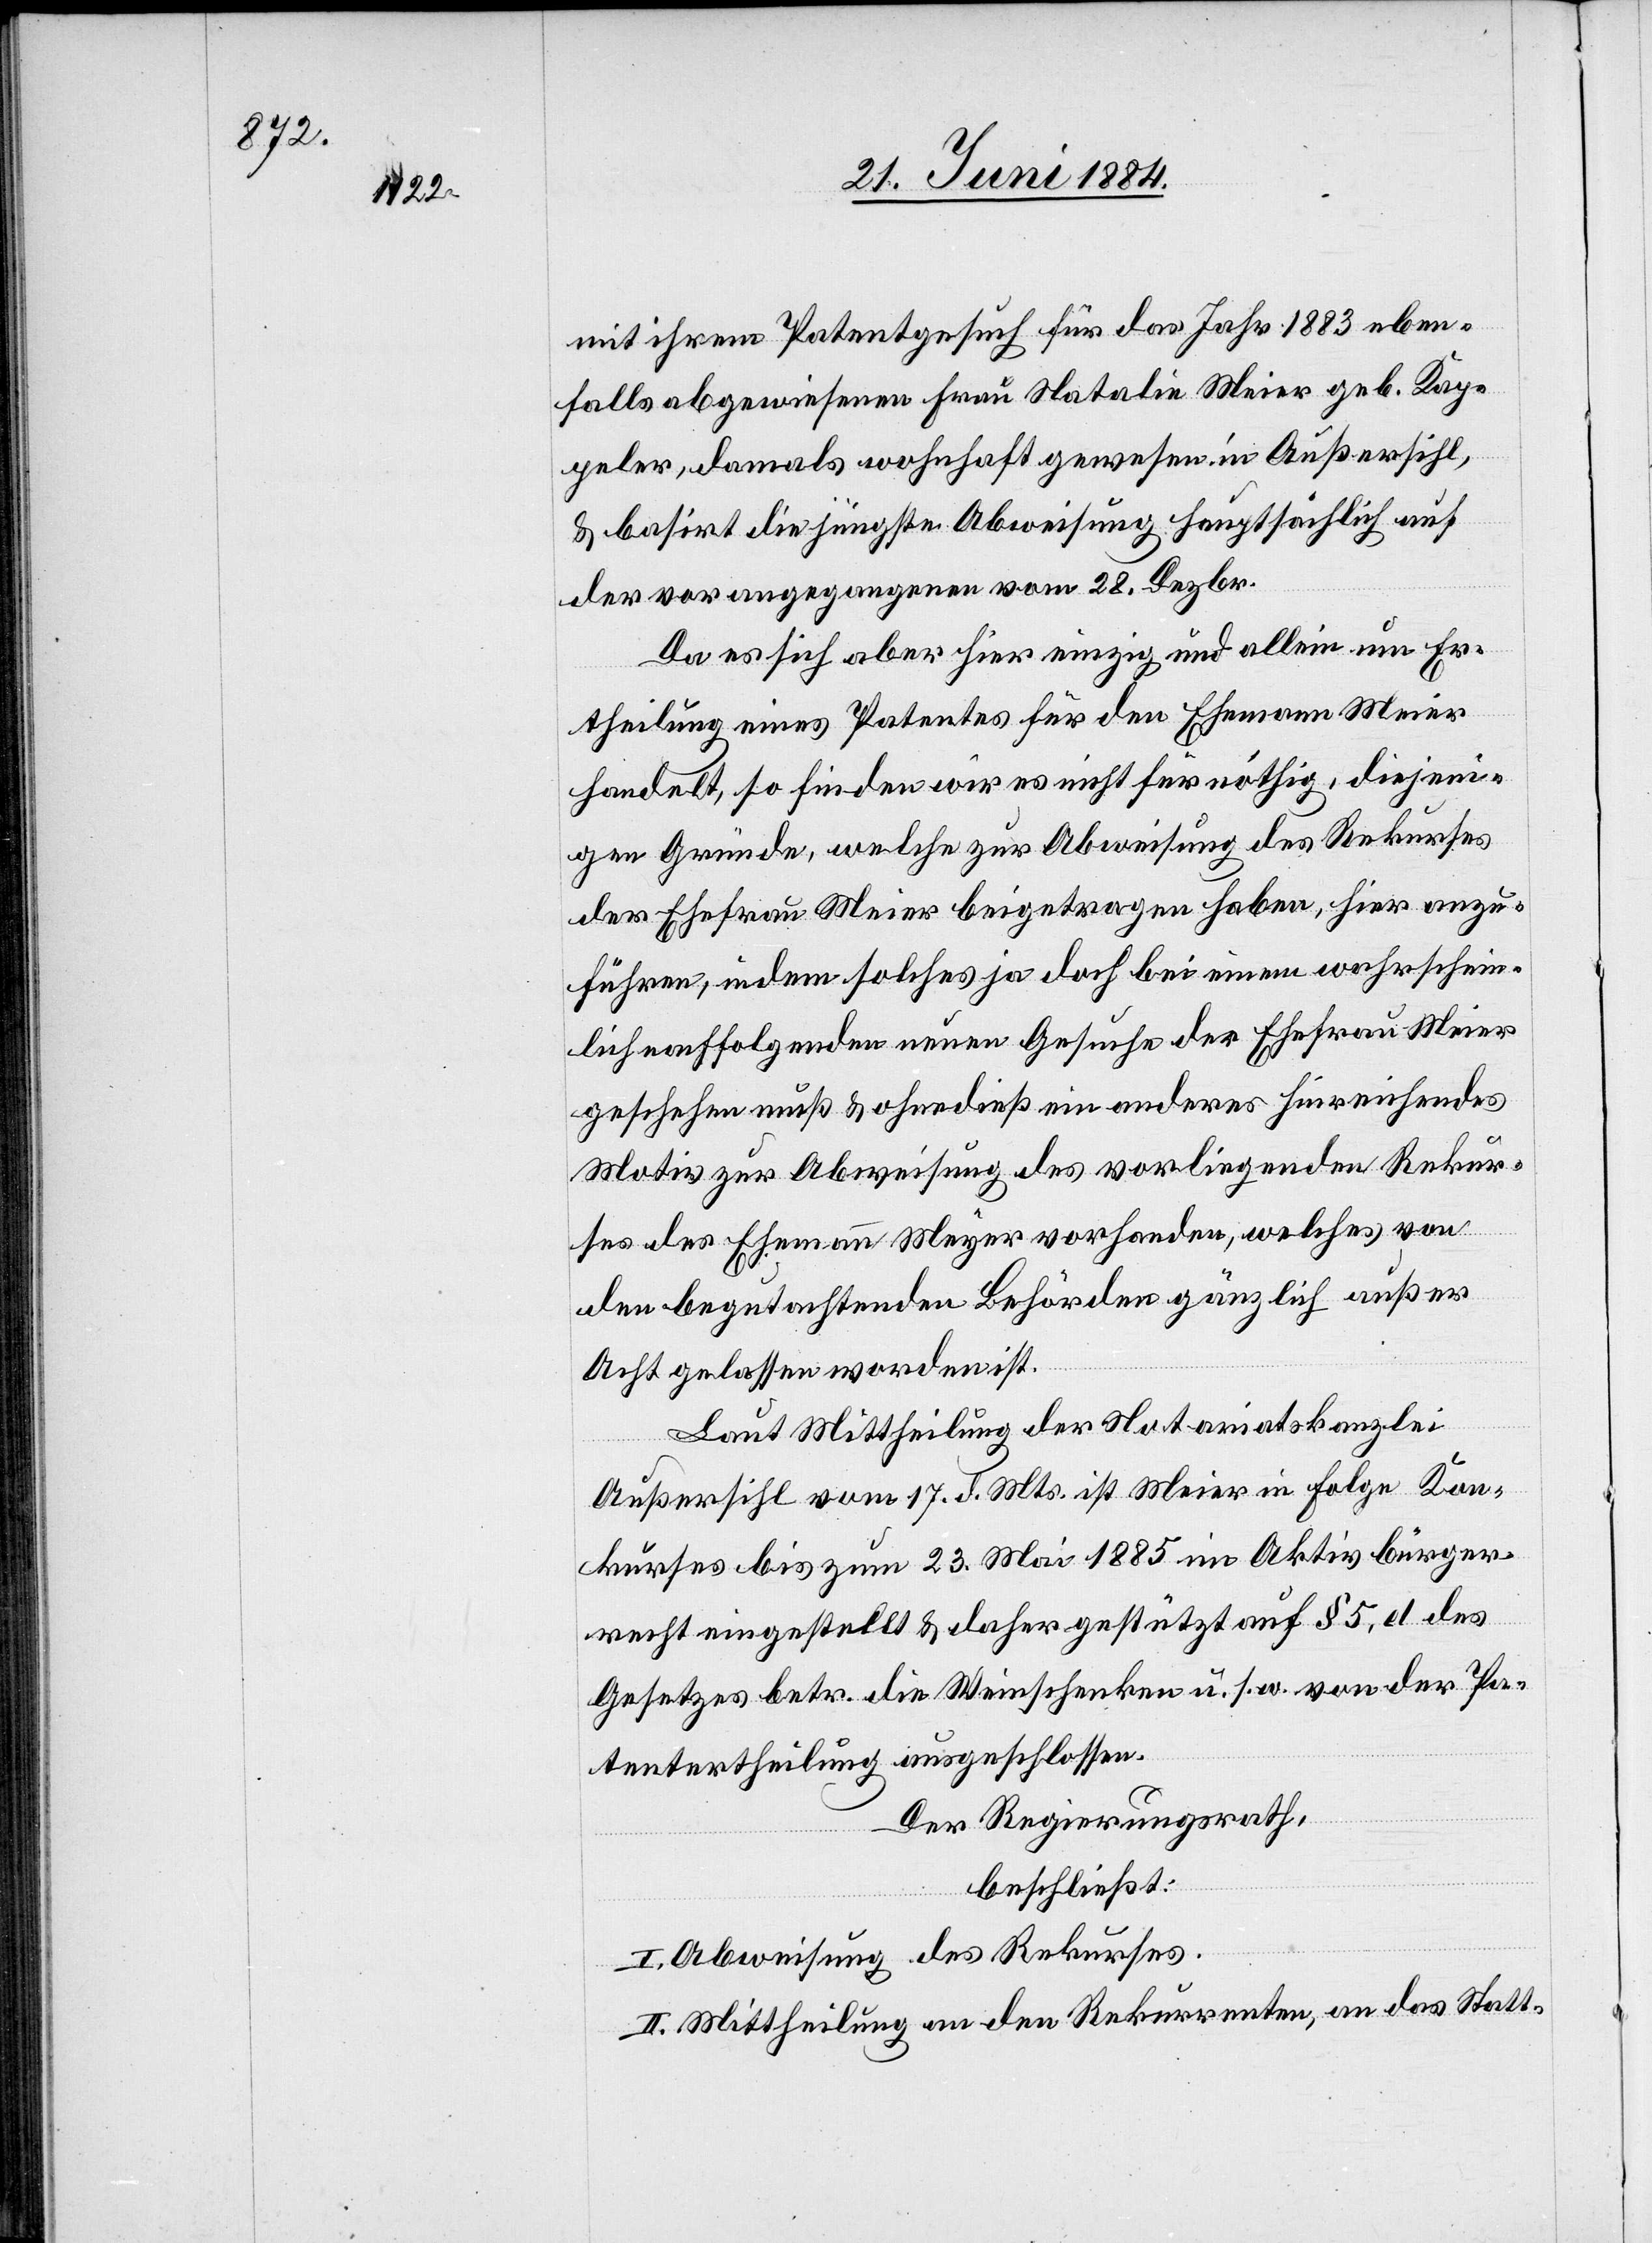
mit ihrem Patentgesuch für das Jahr 1883 eben¬
falls abgewiesenen Frau Natalie Meier geb. Kap¬
peler, damals wohnhaft gewesen in Außersihl,
& basirt die jüngste Abweisung hauptsächlich auf
der vorangegangenen vom 28. Dezbr.
Da es sich aber hier einzig und allein um Er¬
theilung eines Patentes für den Ehemann Meier
handelt, so finden wir es nicht für nöthig, diejeni¬
gen Gründe, welche zur Abweisung des Rekurses
der Ehefrau Meier beigetragen haben, hier anzu¬
führen, indem solches ja doch bei einem wahrschein¬
lich nachfolgenden neuen Gesuche der Ehefrau Meier
geschehen muß & ohnedieß ein anderes hinreichendes
Motiv zur Abweisung des vorliegenden Rekur¬
ses des Ehemann Meyer vorhanden, welches von
den begutachtenden Behörden gänzlich außer
Acht gelassen worden ist.
Laut Mittheilung der Notariatskanzlei
Außersihl vom 17. d. Mts. ist Meier in Folge Kon¬
kurses bis zum 23. Mai 1885 im Aktivbürger¬
recht eingestellt & daher gestützt auf § 5, d des
Gesetzes betr. die Weinschenken u. s. w von der Pa¬
tentertheilung ausgeschlossen.
Der Regierungsrath,
beschließt:
I. Abweisung des Rekurses.
II. Mittheilung an den Rekurrenten, an das Statt-